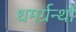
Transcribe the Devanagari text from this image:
धमर्ग्रन्थों